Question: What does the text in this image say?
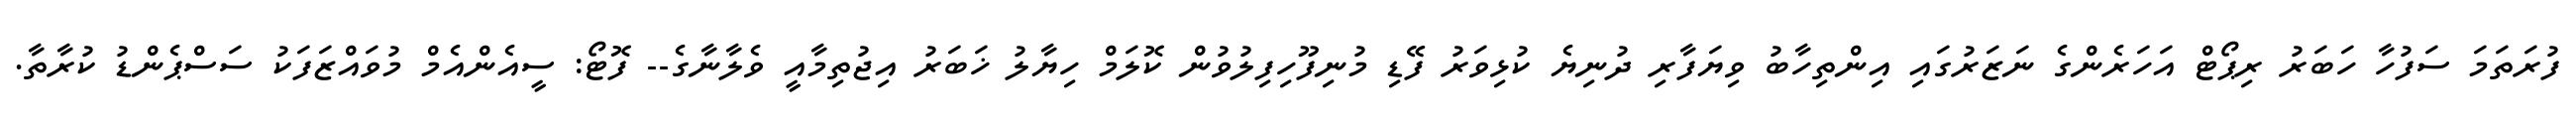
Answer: ފުރަތަމަ ސަފުހާ ހަބަރު ރިޕޯޓް އަހަރެންގެ ނަޒަރުގައި އިންތިހާބު ވިޔަފާރި ދުނިޔެ ކުޅިވަރު ފޭޑި މުނިފޫހިފިލުވުން ކޮލަމް ހިޔާލު ޚަބަރު އިޖުތިމާއީ ވެލާނާގެ-- ފޮޓޯ: ސީއެންއެމް މުވައްޒަފަކު ސަސްޕެންޑު ކުރާތާ.